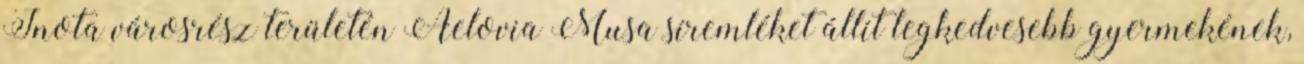
Inota városrész területén Aelovia Musa síremléket állít legkedvesebb gyermekének,